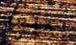
سبعة